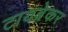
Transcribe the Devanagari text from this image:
टायब्रेकर